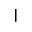
\mid